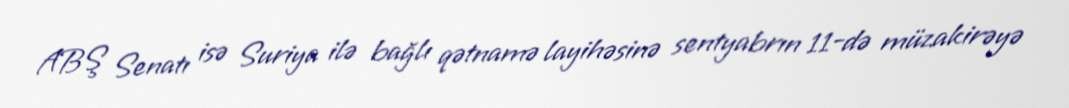
ABŞ Senatı isə Suriya ilə bağlı qətnamə layihəsinə sentyabrın 11-də müzakirəyə